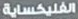
الفلكساية